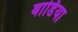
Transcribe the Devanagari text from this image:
बार्डिया